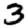
Digit: 3